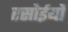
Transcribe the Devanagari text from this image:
रसोईयों